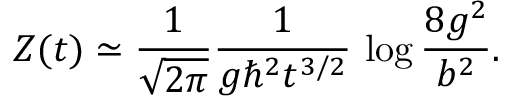
Z ( t ) \simeq { \frac { 1 } { \sqrt { 2 \pi } } } { \frac { 1 } { g \hbar ^ { 2 } t ^ { 3 / 2 } } } \, \log { \frac { 8 g ^ { 2 } } { b ^ { 2 } } } .